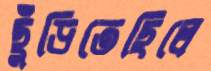
ছুঁড়িতেছিলে